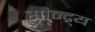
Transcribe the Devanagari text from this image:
सौन्द्र्य